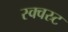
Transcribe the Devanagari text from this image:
स्क्वस्र्ट